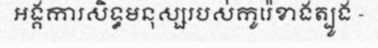
អង្គការសិទ្ធមនុស្សរបស់កូរ៉េខាងត្បូង -